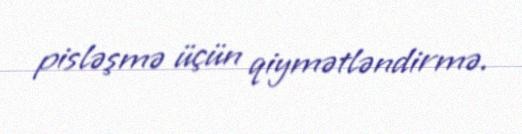
pisləşmə üçün qiymətləndirmə.